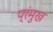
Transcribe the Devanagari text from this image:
प्रंमुख